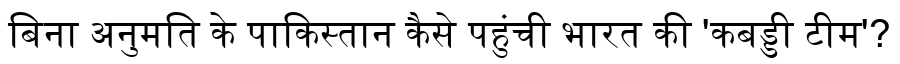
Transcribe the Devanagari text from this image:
बिना अनुमति के पाकिस्तान कैसे पहुंची भारत की 'कबड्डी टीम'?